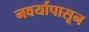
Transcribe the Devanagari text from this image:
नवर्यापासून